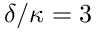
\delta / \kappa = 3